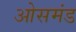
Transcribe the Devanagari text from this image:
ओसमंड